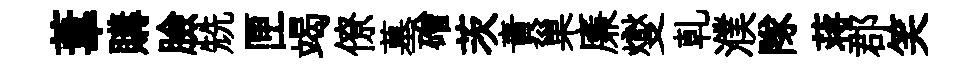
葦購臉兟匣竭僚墓磳茨責巢廉燮乹濮隊蒋郡笑